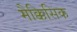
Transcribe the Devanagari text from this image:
मैक्किसिक